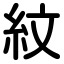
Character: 紋